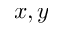
x , y